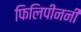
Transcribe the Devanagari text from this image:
फिलिपीननी